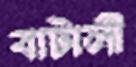
বাটালী